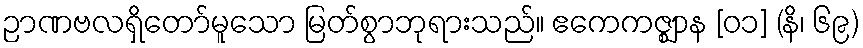
ဉာဏဗလရှိတော်မူသော မြတ်စွာဘုရားသည်။ ဧကေကဇ္ဈာန [၀၁] (နိ၊ ၆၉)